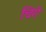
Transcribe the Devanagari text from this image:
चिंगे